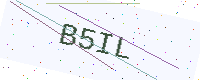
Text: B5IL